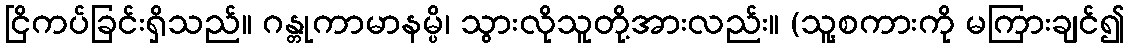
ငြိကပ်ခြင်းရှိသည်။ ဂန္တုကာမာနမ္ပိ၊ သွားလိုသူတို့အားလည်း။ (သူ့စကားကို မကြားချင်၍